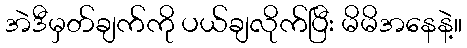
အဲဒီမှတ်ချက်ကို ပယ်ချလိုက်ပြီး မိမိအနေနဲ့။